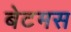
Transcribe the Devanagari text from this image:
बेटमस